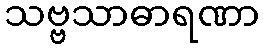
သဗ္ဗသာဓာရဏာ